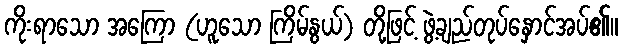
ကိုးရာသော အကြော (ဟူသော ကြိမ်နွယ်) တို့ဖြင့် ဖွဲ့ချည်တုပ်နှောင်အပ်၏။